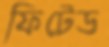
ফিটেড